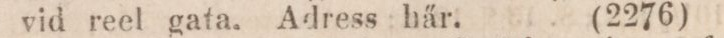
vid reel gata. Adress här.    (2276)